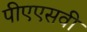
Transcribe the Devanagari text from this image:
पीएएसवी